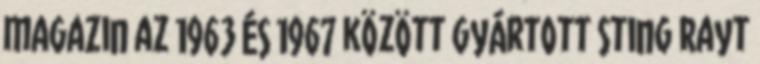
magazin az 1963 és 1967 között gyártott Sting Rayt